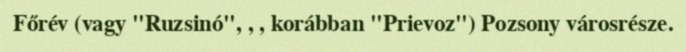
Főrév (vagy "Ruzsinó", , , korábban "Prievoz") Pozsony városrésze.